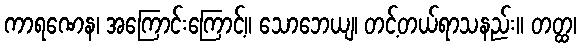
ကာရဏေန၊ အကြောင်းကြောင့်။ သောဘေယျ၊ တင့်တယ်ရာသနည်း။ တတ္ထ၊